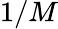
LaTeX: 1/M